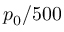
p _ { 0 } / 5 0 0